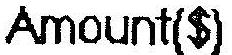
AMOUNT($)